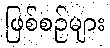
ဖြစ်စဉ်များ